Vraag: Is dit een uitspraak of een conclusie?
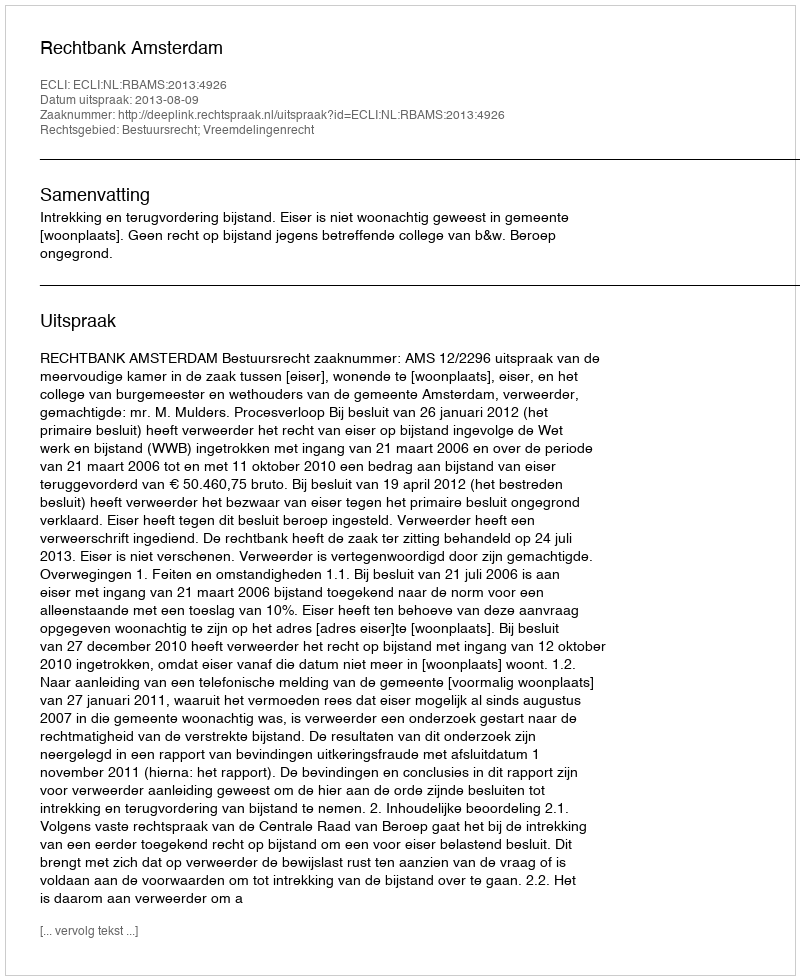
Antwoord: Uitspraak